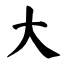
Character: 大